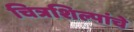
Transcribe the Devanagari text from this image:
चित्रशिल्पांचे